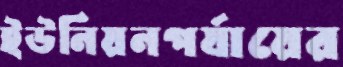
ইউনিয়নপর্যায়ের